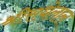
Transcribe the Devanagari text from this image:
श्रीराधेलाल